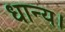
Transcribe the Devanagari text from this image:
धान्य।